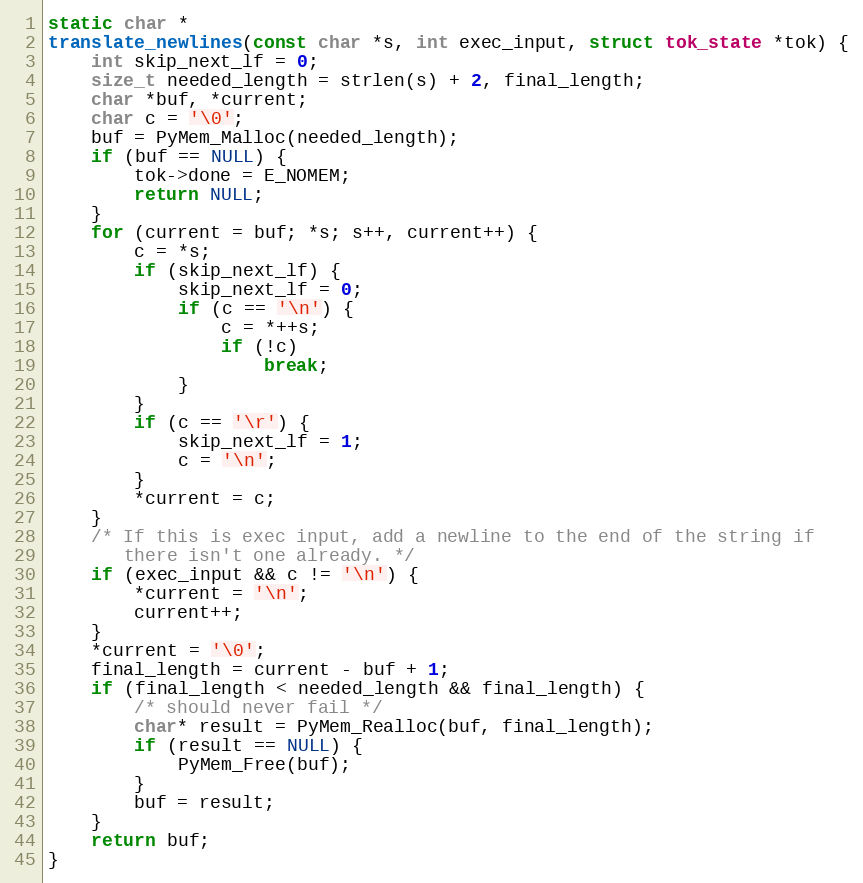
Language: C
static char *
translate_newlines(const char *s, int exec_input, struct tok_state *tok) {
    int skip_next_lf = 0;
    size_t needed_length = strlen(s) + 2, final_length;
    char *buf, *current;
    char c = '\0';
    buf = PyMem_Malloc(needed_length);
    if (buf == NULL) {
        tok->done = E_NOMEM;
        return NULL;
    }
    for (current = buf; *s; s++, current++) {
        c = *s;
        if (skip_next_lf) {
            skip_next_lf = 0;
            if (c == '\n') {
                c = *++s;
                if (!c)
                    break;
            }
        }
        if (c == '\r') {
            skip_next_lf = 1;
            c = '\n';
        }
        *current = c;
    }
    /* If this is exec input, add a newline to the end of the string if
       there isn't one already. */
    if (exec_input && c != '\n') {
        *current = '\n';
        current++;
    }
    *current = '\0';
    final_length = current - buf + 1;
    if (final_length < needed_length && final_length) {
        /* should never fail */
        char* result = PyMem_Realloc(buf, final_length);
        if (result == NULL) {
            PyMem_Free(buf);
        }
        buf = result;
    }
    return buf;
}